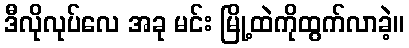
ဒီလိုလုပ်လေ အခု မင်း မြို့ထဲကိုထွက်လာခဲ့။